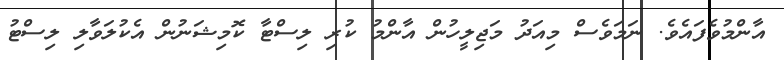
އާންމުވެފައެވެ. ނަމަވެސް މިއަދު މަޖިލީހުން އާންމު ކުރި ލިސްޓާ ކޮމިޝަނުން އެކުލަވާލި ލިސްޓު